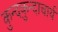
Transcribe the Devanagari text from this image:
कुन्दकुन्दाचार्य